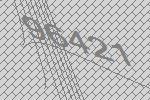
96421